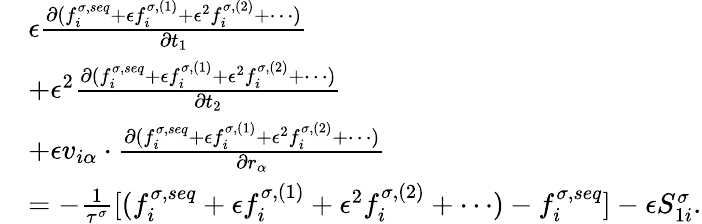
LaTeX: \begin{array}{r}{\begin{array}{rl}&{\epsilon\frac{\partial(f_{i}^{\sigma,seq}+\epsilon f_{i}^{\sigma,(1)}+\epsilon^{2}f_{i}^{\sigma,(2)}+\cdots)}{\partial t_{1}}}\\ &{+\epsilon^{2}\frac{\partial(f_{i}^{\sigma,seq}+\epsilon f_{i}^{\sigma,(1)}+\epsilon^{2}f_{i}^{\sigma,(2)}+\cdots)}{\partial t_{2}}}\\ &{+\epsilon v_{i\alpha}\cdot\frac{\partial(f_{i}^{\sigma,seq}+\epsilon f_{i}^{\sigma,(1)}+\epsilon^{2}f_{i}^{\sigma,(2)}+\cdots)}{\partial r_{\alpha}}}\\ &{=-\frac{1}{\tau^{\sigma}}[(f_{i}^{\sigma,seq}+\epsilon f_{i}^{\sigma,(1)}+\epsilon^{2}f_{i}^{\sigma,(2)}+\cdots)-f_{i}^{\sigma,seq}]-\epsilon S_{1i}^{\sigma}.}\end{array}}\end{array}